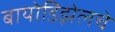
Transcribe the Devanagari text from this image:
बायोडिझेलचे